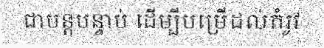
ជាបន្តបន្ទាប់ ដើម្បីបម្រើដល់តំរូវ